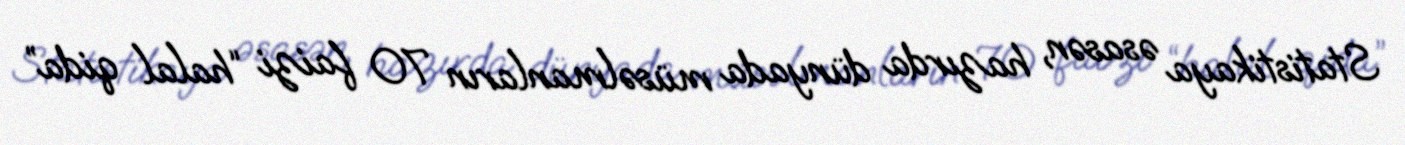
Statistikaya əsasən, hazırda dünyada müsəlmanların 70 faizi “halal qida”